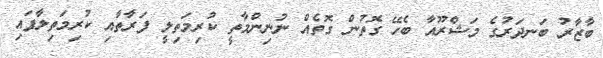
ބާޒާރު ބަނދަރުގެ މަޝްރޫއާ ބެހޭ ގޮތުން ގޮތެއް ނުނިންމާތީ ކުރިމަތިލީ ފަރާތާއި ކުރިމަތިލާފައި